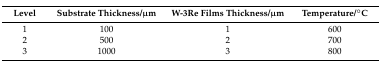
| Level | Substrate Thickness/μm | W-3Re Films Thickness/μm | Temperature/°C |
 | --- | --- | --- | --- |
 | 1 | 100 | 1 | 600 |
 | 2 | 500 | 2 | 700 |
 | 3 | 1000 | 3 | 800 |